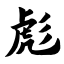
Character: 彪